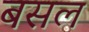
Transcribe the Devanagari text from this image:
बसल